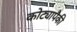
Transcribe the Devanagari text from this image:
कोट्यापैकी